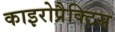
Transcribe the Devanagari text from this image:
काइरोप्रैक्टिस